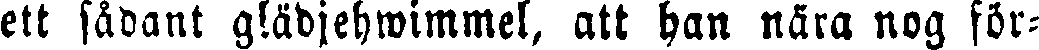
ett sådant glädjehwimmel, att han nära nog för-